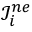
\mathcal { I } _ { i } ^ { n e }